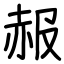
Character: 赧